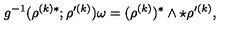
g ^ { - 1 } ( \rho ^ { ( k ) * } ; \rho ^ { \prime ( k ) } ) \omega = ( \rho ^ { ( k ) } ) ^ { * } \wedge \star \rho ^ { \prime ( k ) } ,